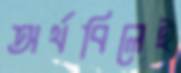
অর্থবিলেই